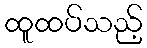
ထူထပ်သည့်